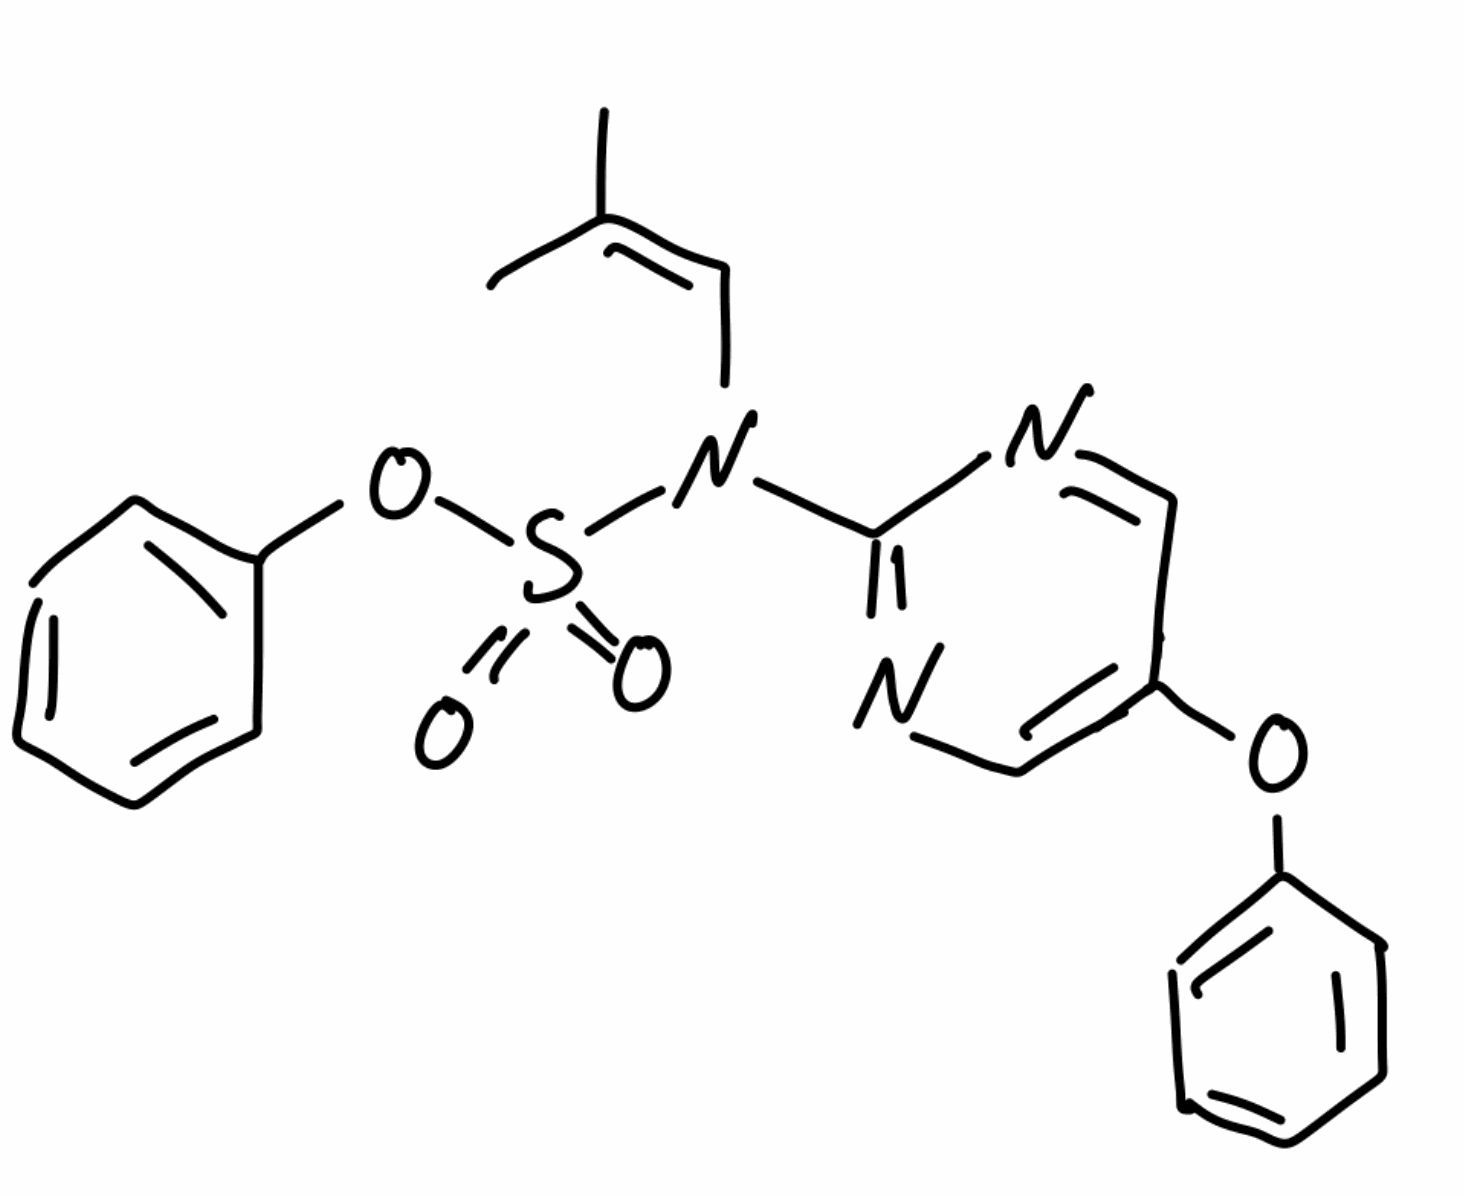
Simplified molecular-input line-entry system (SMILES) notation of the given molecule:
CC(=CN(C1=NC=C(C=N1)OC2=CC=CC=C2)S(=O)(=O)OC3=CC=CC=C3)C